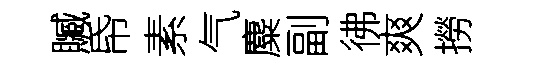
贓帋素气麋副彿爽撈